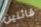
قائلين